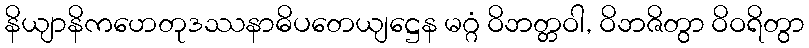
နိယျာနိကဟေတုဒဿနာဓိပတေယျဋ္ဌေန မဂ္ဂံ ဝိဘတ္တဝါ, ဝိဘဇိတွာ ဝိဝရိတွာ